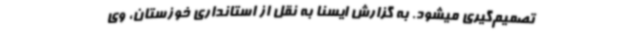
تصمیم‌گیری میشود. به گزارش ایسنا به نقل از استانداری خوزستان، وی